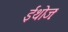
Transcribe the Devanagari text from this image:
ईथोजः